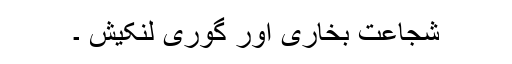
شجاعت بخاری اور گوری لنکیش ۔